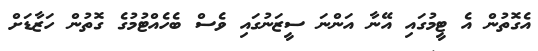
އެގޮތުން އެ ޓީމުގައި އޭނާ އަންނަ ސީޒަނުގައި ވެސް ބެހެއްޓުމުގެ ގޮތުން ހަޒާޑަށް